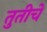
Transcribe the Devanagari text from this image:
तुतीचे